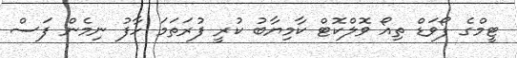
ޓީމްގެ ފޯވަޑް ތިއޯ ވޮލްކޮޓް ކާމިޔާބު ކުރީ ފުރަތަމަ ހާފު ނިމެން ފަސް